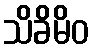
သိခိမိဝ